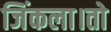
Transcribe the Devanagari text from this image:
जिंकला।तो